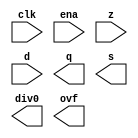
module div_uu(clk, ena, z, d, q, s, div0, ovf);

	//
	// parameters
	//
	parameter z_width = 16;
	parameter d_width = z_width /2;
	
	//
	// inputs & outputs
	//
	input clk;               // system clock
	input ena;               // clock enable

	input  [z_width -1:0] z; // divident
	input  [d_width -1:0] d; // divisor
	output [d_width -1:0] q; // quotient
	reg [d_width-1:0] q;
	output [d_width -1:0] s; // remainder
	reg [d_width-1:0] s;
	output div0;
	reg div0;
	output ovf;
	reg ovf;

	//	
	// functions
	//
	function [width-1:0] twos;
		parameter width = 8;

		input [width -1:0] d;
	begin
		twos = (~d) + 1'h1;
	end
	endfunction

	//
	// variables
	//
	reg [z_width -1:0] dz;
	reg [d_width -1:0] dd;

endmodule